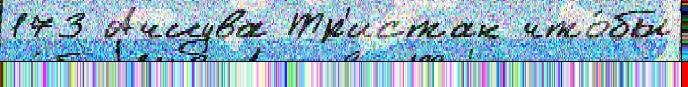
173 Ачиува Тр'истан что́бы